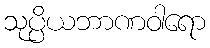
သုပ္ပိယဘာဏဝါရော